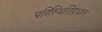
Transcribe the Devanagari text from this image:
परिस्थितिप्रधान